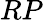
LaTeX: RP